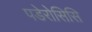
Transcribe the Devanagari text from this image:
पडेरोसिसि